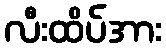
လီးထိပ်အား